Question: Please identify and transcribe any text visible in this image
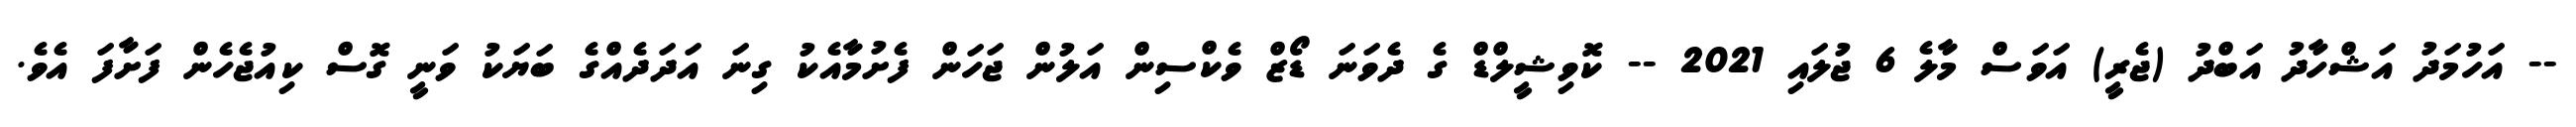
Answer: -- އަހުމަދު އަޝްހާދު އަބްދު (ޖެރީ) އަވަސް މާލެ 6 ޖުލައި 2021 -- ކޮވިޝީލްޑް ގެ ދެވަނަ ޑޯޒް ވެކްސިން އަލުން ޖަހަން ފެށުމާއެކު ގިނަ އަދަދެއްގެ ބަޔަކު ވަނީ ގޮސް ކިއުޖެހެން ފަށާފަ އެވެ.